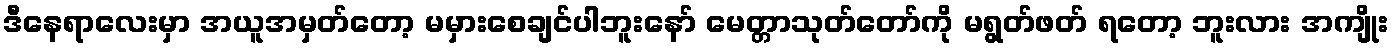
ဒီနေရာလေးမှာ အယူအမှတ်တော့ မမှားစေချင်ပါဘူးနော် မေတ္တာသုတ်တော်ကို မရွတ်ဖတ် ရတော့ ဘူးလား အကျိုး